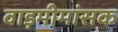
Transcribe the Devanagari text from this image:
वाड़मीमांसक